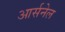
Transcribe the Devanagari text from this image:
आर्सनेल